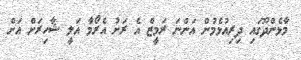
މާޅެންދޫގައި ދިރިއުޅެމުން އަންނަ ރަމީޒް އެ ރަށު އެރޯމާ އަލީ ޝާހިރަށް އަށް